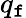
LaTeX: q_{\mathtt{f}}